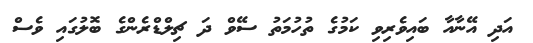
އަދި އޭނާއާ ބައިވެރިވި ކަމުގެ ތުހުމަތު ސޭވް ދަ ޗިލްޑްރެންގެ ބޮލުގައި ވެސް